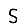
Digit: 5